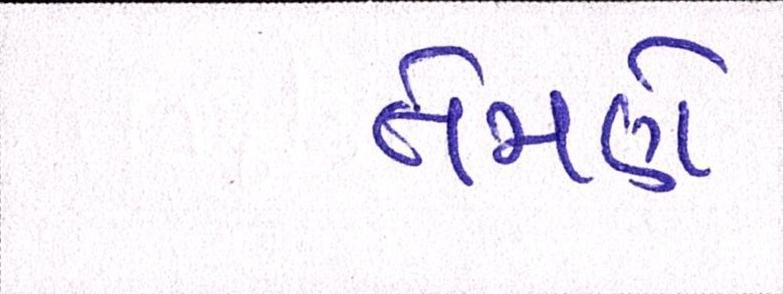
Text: તેમણે